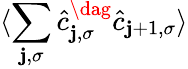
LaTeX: \langle\sum_{\mathbf{j},\sigma}\hat{{c}}_{\mathbf{j},\sigma}^{\dag}\hat{{c}}_{\mathbf{j}+1,\sigma}\rangle